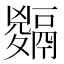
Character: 𩱅